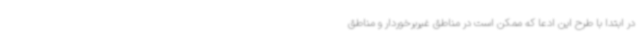
در ابتدا با طرح این ادعا که ممکن است در مناطق غیربرخوردار و مناطق